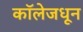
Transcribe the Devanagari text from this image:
कॉलेजधून